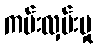
ကမ်းလှမ်းမှု